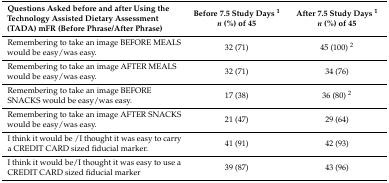
<table><thead><tr><td><b>Questions Asked before and after Using the Technology Assisted Dietary Assessment (TADA) mFR (Before Phrase/After Phrase)</b></td><td><b>Before 7.5 Study Days <sup>1</sup><i>n</i> (%) of 45</b></td><td><b>After 7.5 Study Days <sup>1</sup><i>n</i> (%) of 45</b></td></tr></thead><tbody><tr><td>Remembering to take an image BEFORE MEALS would be easy/was easy.</td><td>32 (71)</td><td>45 (100) <sup>2</sup></td></tr><tr><td>Remembering to take an image AFTER MEALS would be easy/was easy.</td><td>32 (71)</td><td>34 (76)</td></tr><tr><td>Remembering to take an image BEFORE SNACKS would be easy/was easy.</td><td>17 (38)</td><td>36 (80) <sup>2</sup></td></tr><tr><td>Remembering to take an image AFTER SNACKS would be easy/was easy.</td><td>21 (47)</td><td>29 (64)</td></tr><tr><td>I think it would be /I thought it was easy to carry a CREDIT CARD sized fiducial marker.</td><td>41 (91)</td><td>42 (93)</td></tr><tr><td>I think it would be/I thought it was easy to use a CREDIT CARD sized fiducial marker</td><td>39 (87)</td><td>43 (96)</td></tr></tbody></table>